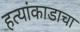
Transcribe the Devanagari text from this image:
हत्यांकाडाचा